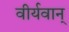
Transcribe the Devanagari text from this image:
वीर्यवान्